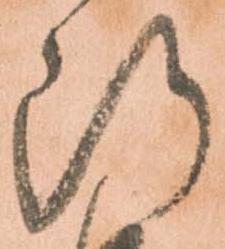
断